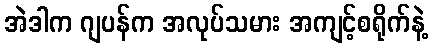
အဲဒါက ဂျပန်က အလုပ်သမား အကျင့်စရိုက်နဲ့